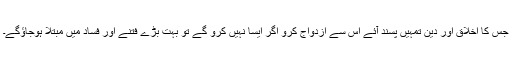
جس کا اخلاق اور دین تمہیں پسند آئے اس سے ازدواج کرو اگر ایسا نہیں کرو گے تو بہت بڑے فتنے اور فساد میں مبتلا ہوجاؤگے۔